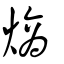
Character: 熵